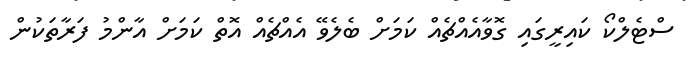
ސްޓެލްކޯ ކައިރީގައި ގޮވާއެއްޗެއް ކަމަށް ބެލެވޭ އެއްޗެއް އޮތް ކަމަށް އާންމު ފަރާތަކުން